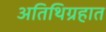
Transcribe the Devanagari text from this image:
अतिथिग्रहात